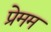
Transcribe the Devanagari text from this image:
प्रेमम